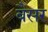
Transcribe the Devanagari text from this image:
बैसर